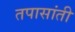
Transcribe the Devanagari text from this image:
तपासांती